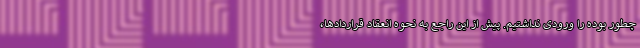
چطور بوده را ورودی نداشتیم. پیش از این راجع به نحوه انعقاد قراردادها،